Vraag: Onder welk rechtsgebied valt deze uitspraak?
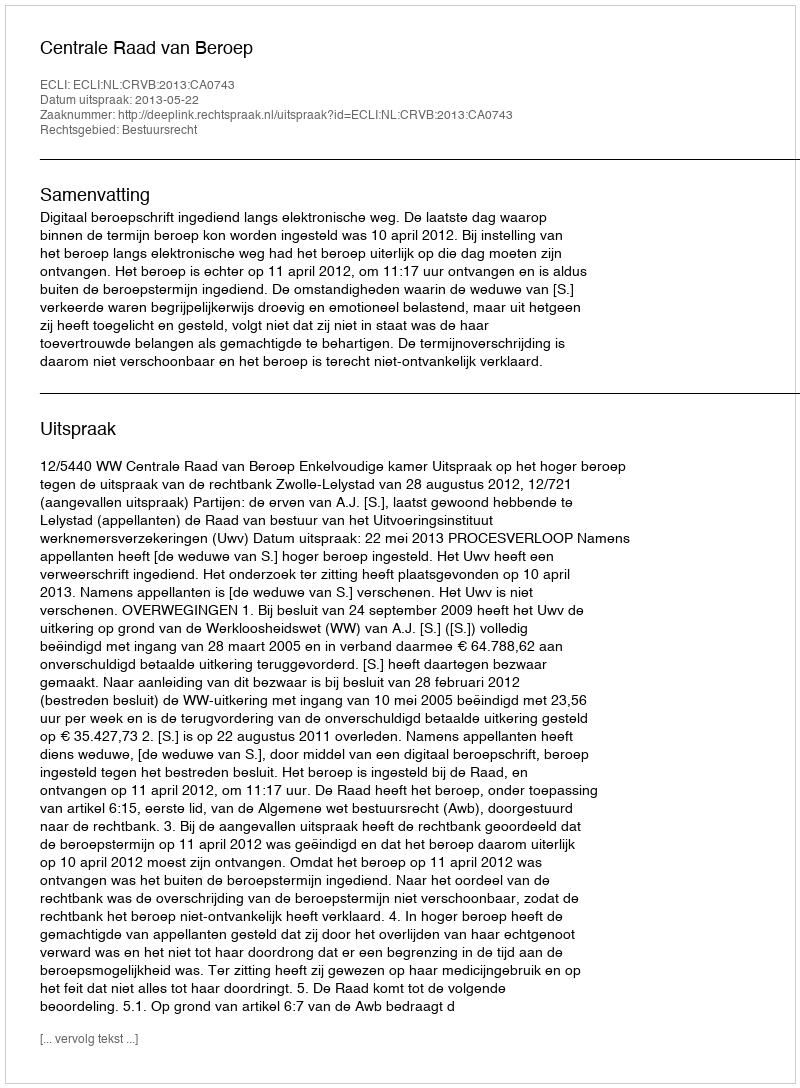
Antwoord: Bestuursrecht